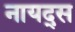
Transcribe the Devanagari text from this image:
नायद्स